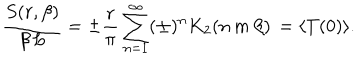
{ \frac { S ( r , \beta ) } { \beta \, L } } = \pm { \frac { r } { \pi } } \sum _ { n = 1 } ^ { \infty } ( \pm ) ^ { n } K _ { 2 } ( n \, m \, \beta ) \nonumber \, = \langle T ( 0 ) \rangle .